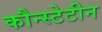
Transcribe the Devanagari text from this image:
कौन्स्टेटीन